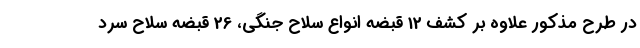
در طرح مذکور علاوه بر کشف 12 قبضه انواع سلاح جنگی، 26 قبضه سلاح سرد